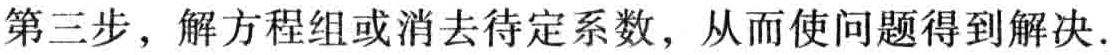
第三步，解方程组或消去待定系数，从而使问题得到解决.